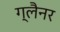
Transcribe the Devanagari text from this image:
ग्लैनर